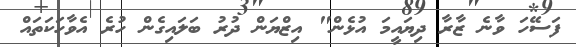
ފަސޭހަ ވާނެ ޒާރާ ދިޔައީމަ އުޅެން" އިޒްޔަން ދުރު ބަލައިގެން ހުރެ އެވާހަކަތައް